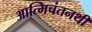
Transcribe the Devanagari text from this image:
आत्मिचंतनथी